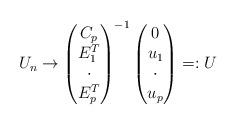
LaTeX: \begin{align*} U_n\rightarrow \begin{pmatrix} C_p\\ E_1^T\\\cdot\\E_p^T \end{pmatrix}^{-1}\begin{pmatrix} 0\\ u_1\\\cdot\\ u_p \end{pmatrix} =:U \end{align*}